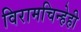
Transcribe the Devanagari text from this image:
विरामचिन्हेही